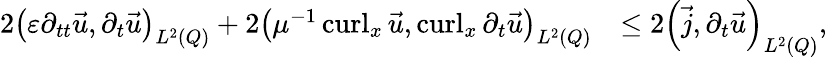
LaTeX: \begin{array}{rl}{2\left(\varepsilon\partial_{tt}\vec{u},\partial_{t}\vec{u}\right)_{L^{2}(Q)}+2\left(\mu^{-1}\operatorname{curl}_{x}\vec{u},\operatorname{curl}_{x}\partial_{t}\vec{u}\right)_{L^{2}(Q)}}&{\leq 2\left(\vec{j},\partial_{t}\vec{u}\right)_{L^{2}(Q)},}\end{array}